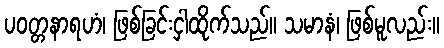
ပဝတ္တနာရဟံ၊ ဖြစ်ခြင်းငှါထိုက်သည်။ သမာနံ၊ ဖြစ်မူလည်း။